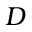
D